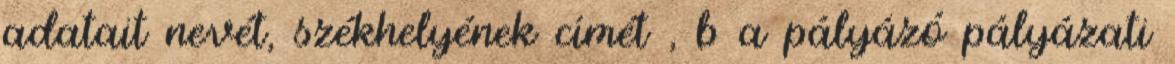
adatait nevét, székhelyének címét , b a pályázó pályázati